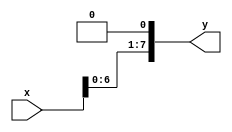

module Nbit_shift #(parameter n = 8)(input [n-1:0] x, output [n-1:0] y);

assign y = {x [n-2:0], 1'b0};
endmodule